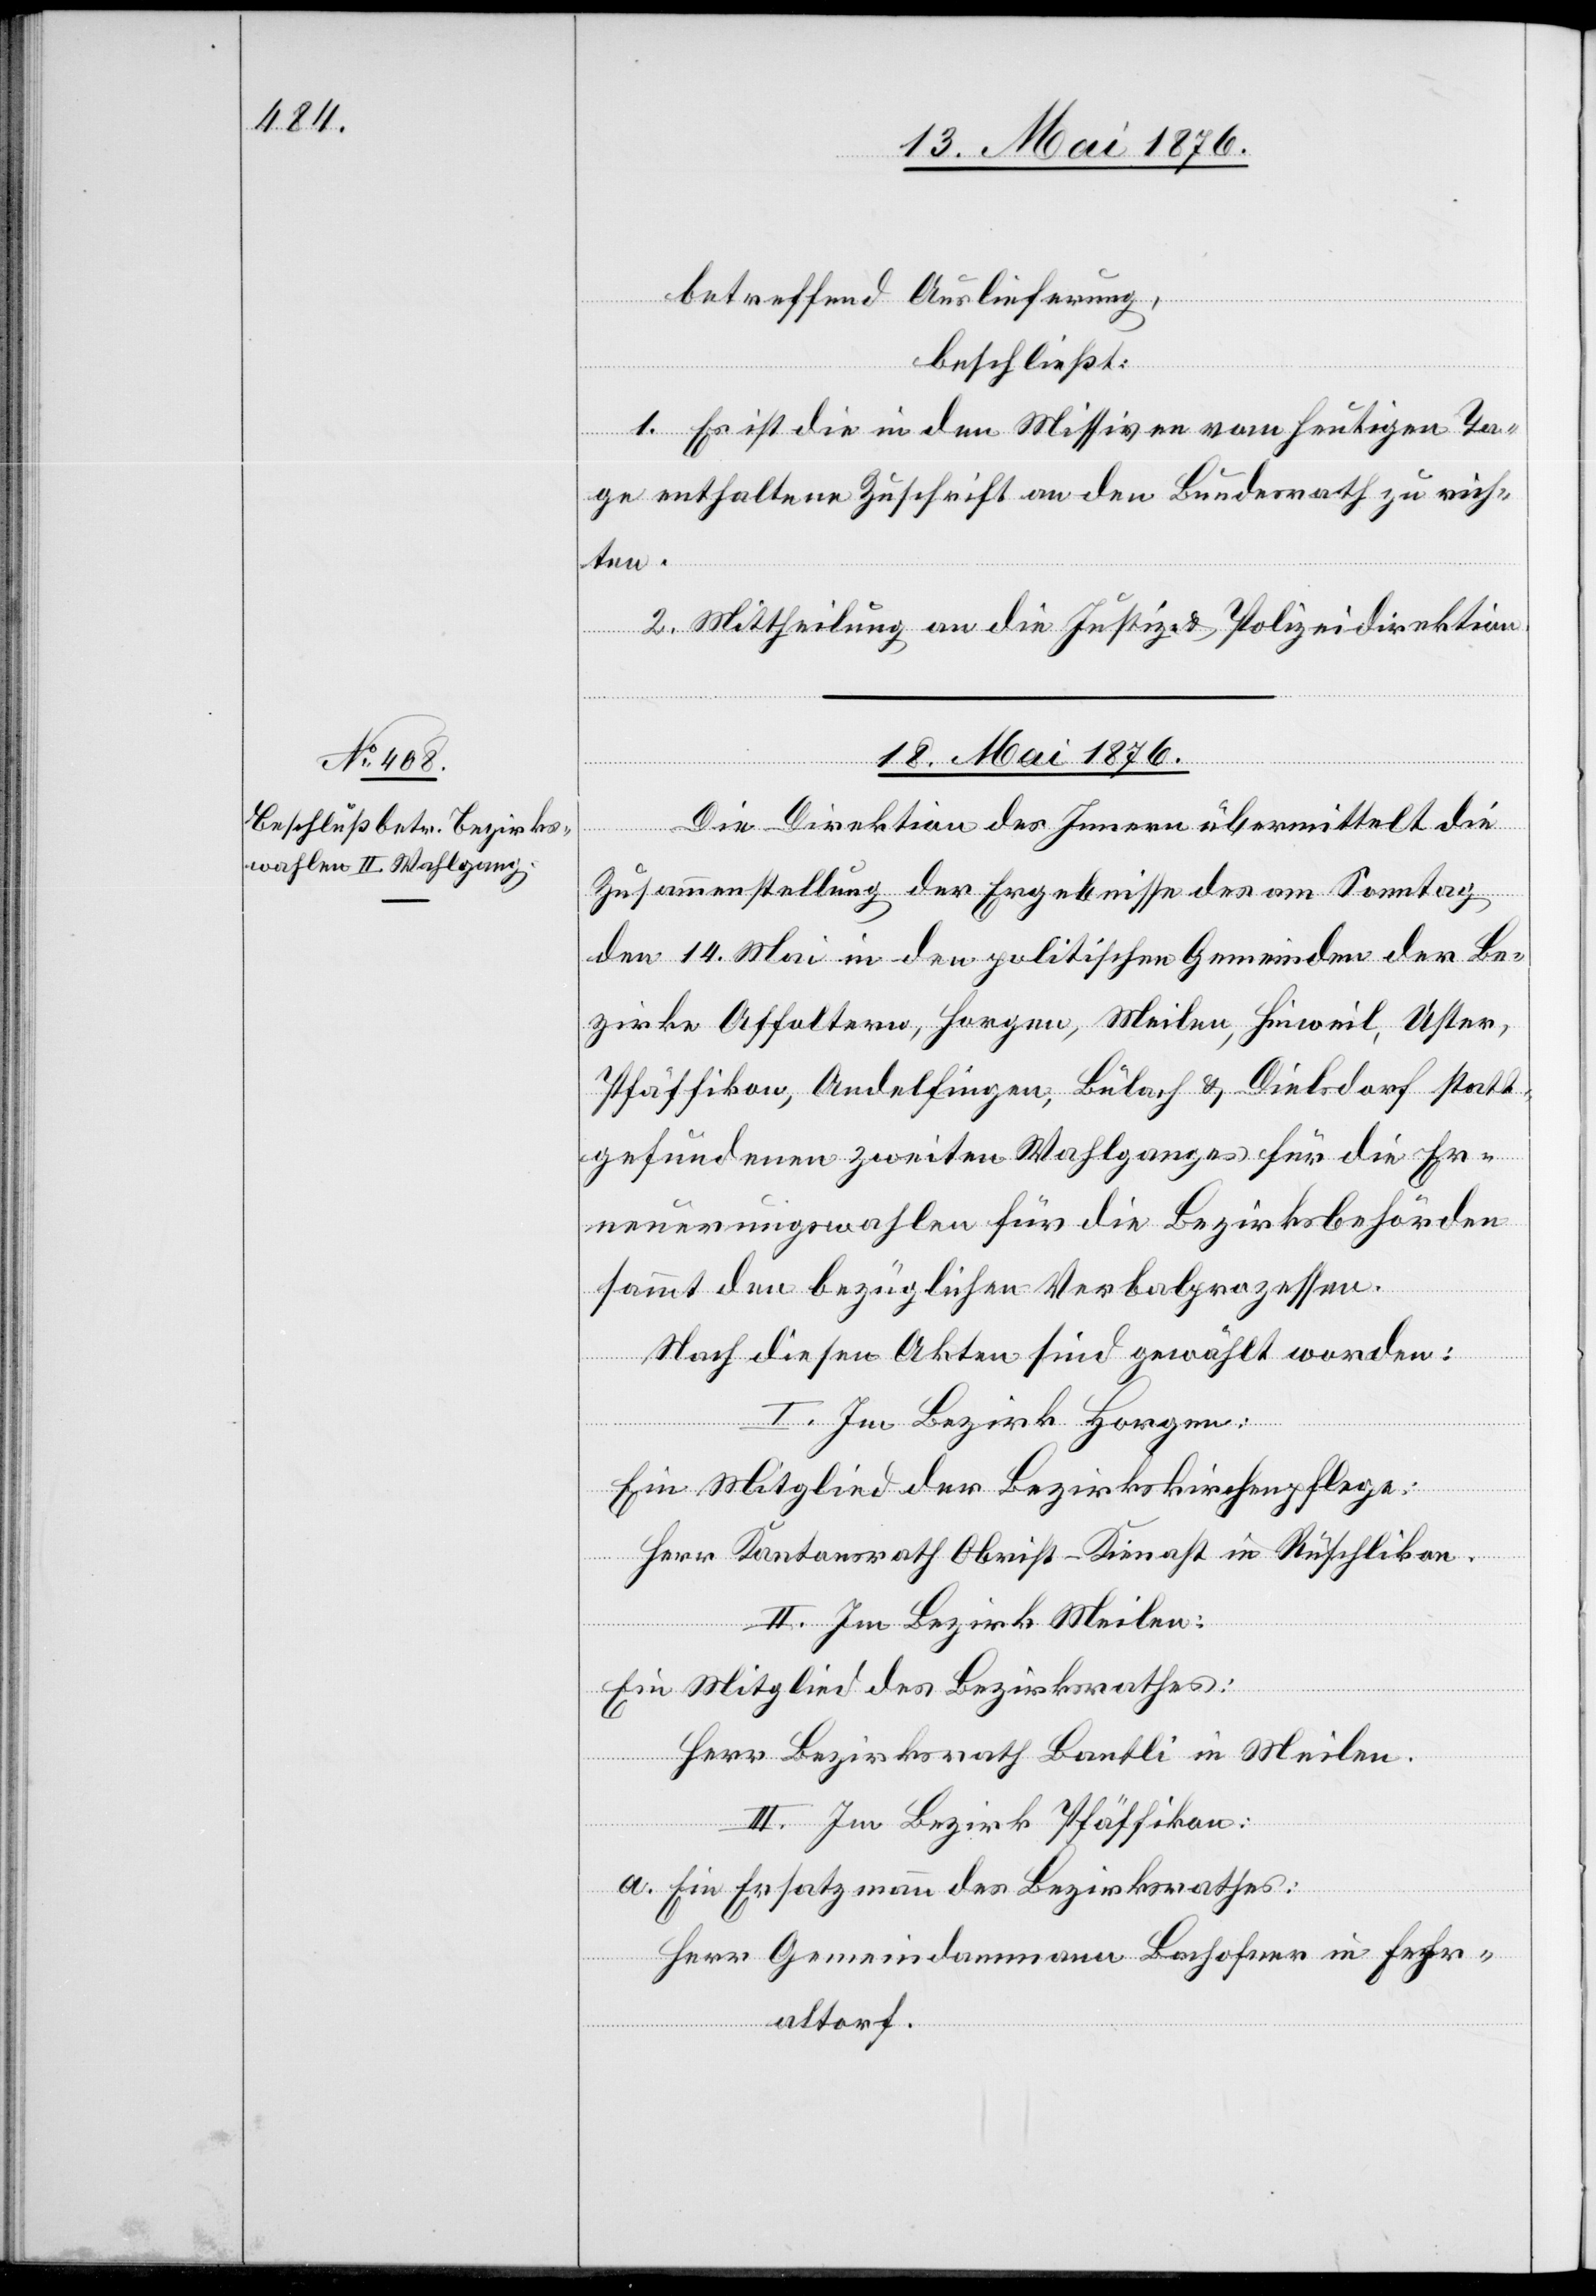
betreffend Auslieferung,
beschließt:
1. Es ist die in den Missiven vom heutigen Ta¬
ge enthaltene Zuschrift an den Bundesrath zu rich¬
ten.
2. Mittheilung an die Justiz- & Polizeidirektion.
18. Mai 1876.
Die Direktion des Innern übermittelt die
Zusammenstellung der Ergebnisse des am Samstag
den 14. Mai in den politischen Gemeinden der Be¬
zirke Affoltern, Horgen, Meilen, Hinweil, Uster,
Pfäffikon, Andelfingen, Bülach & Dielsdorf statt¬
gefundenen zweiten Wahlganges für die Er¬
neuerungswahlen für die Bezirksbehörden
sammt den bezüglichen Verbalprozessen.
Nach diesen Akten sind gewählt worden:
I. Im Bezirk Horgen:
Ein Mitglied der Bezirksschulpflege:
Herr Kantonsrath Obrist-Kineast in Rüschlikon.
II. Im Bezirk Meilen:
Ein Mitglied des Bezirksrathes:
Herr Bezirksrath Bantli in Meilen.
III. Im Bezirk Pfäffikon:
a. Ein Ersatzmann des Bezirksrathes:
Herr Gemeindammann Bachofner in Fehr¬
altorf.